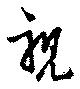
視